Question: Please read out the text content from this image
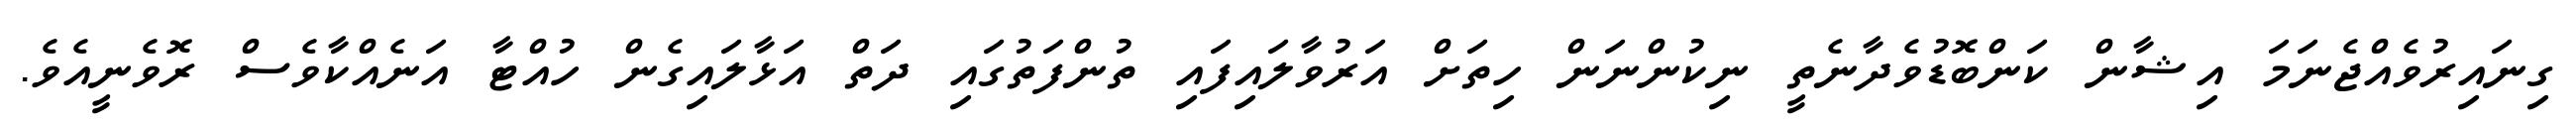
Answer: ގިނައިރުވެއްޖެނަމަ އިޝާން ކަންބޮޑުވެދާނެތީ ނިކުންނަން ހިތަށް އަރުވާލައިފައި ތުންފަތުގައި ދަތް އަޅާލައިގެން ހުއްޓާ އަނެއްކާވެސް ރޮވެނީއެވެ.